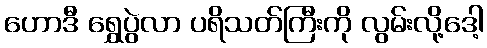
ဟောဒီ ရွှေပွဲလာ ပရိသတ်ကြီးကို လွမ်းလို့ဒေါ့